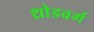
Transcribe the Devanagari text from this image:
थ्रोडवर्म